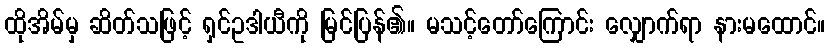
ထိုအိမ်မှ ဆိတ်သဖြင့် ရှင်ဥဒါယီကို မြင်ပြန်၏။ မသင့်တော်ကြောင်း လျှောက်ရာ နားမထောင်။